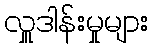
လှူဒါန်းမှုများ